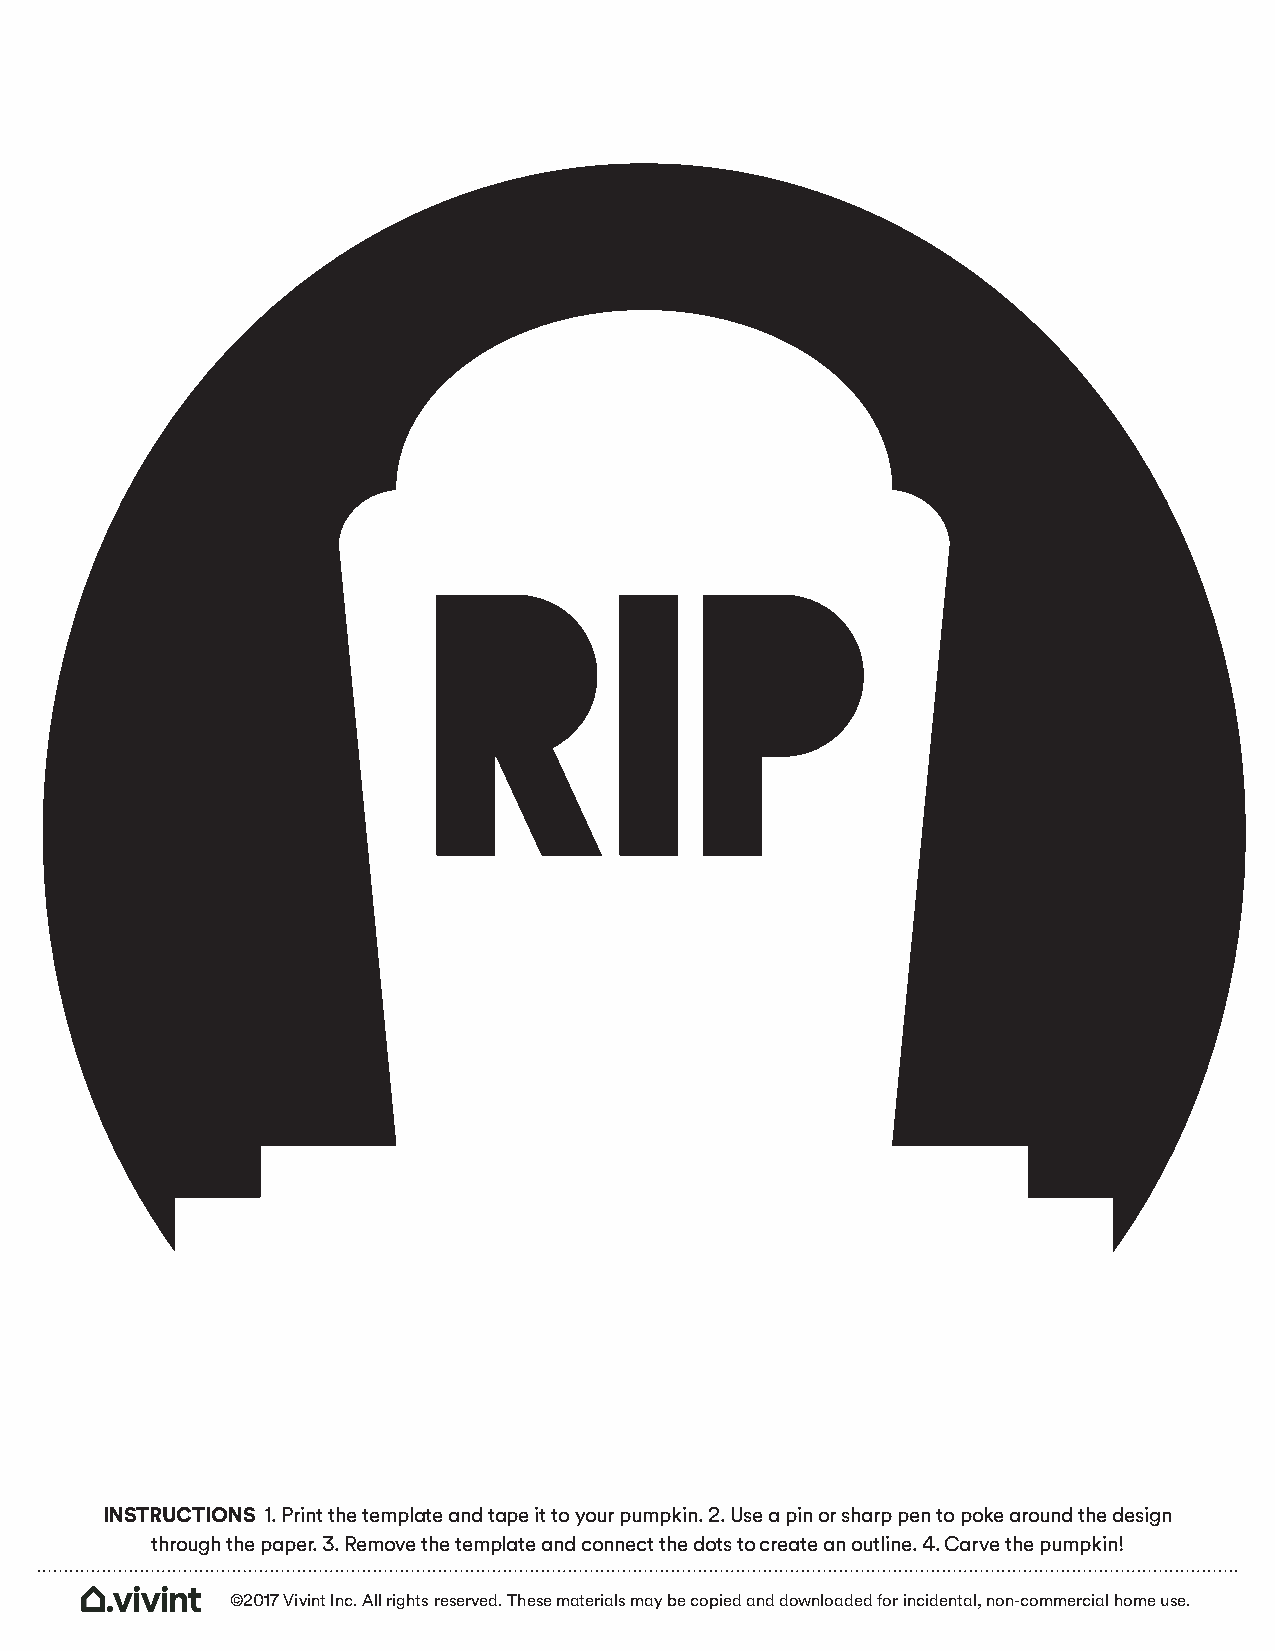
RIP
 INSTRUCTIONS 1. Print the template and tape it to your pumpkin. 2. Use a pin or sharp pen to poke around the design
 through the paper. 3. Remove the template and connect the dots to create an outline. 4. Carve the pumpkin!
 ©2017 Vivint Inc. All rights reserved. These materials may be copied and downloaded for incidental, non-commercial home use.